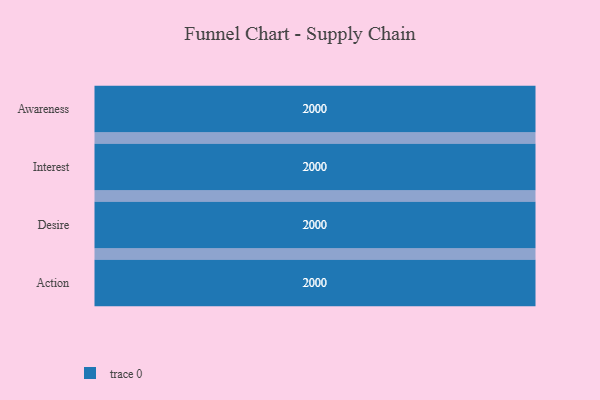
{"axis": {"x": "Stage", "y": "Value"}, "legend": [""], "data": [{"x": "Awareness", "y": 2000, "type": ""}, {"x": "Interest", "y": 2000, "type": ""}, {"x": "Desire", "y": 2000, "type": ""}, {"x": "Action", "y": 2000, "type": ""}]}